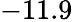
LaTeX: -11.9